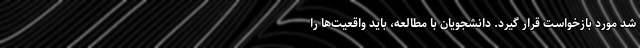
شد مورد بازخواست قرار گیرد. دانشجویان با مطالعه، باید واقعیت‌ها را